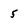
Character: 5